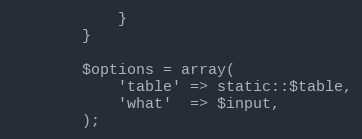
Language: PHP
			}
		}

		$options = array(
			'table' => static::$table,
			'what'  => $input,
		);